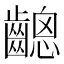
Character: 𪙋